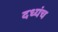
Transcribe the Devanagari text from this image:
दध्यंच